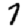
Digit: 7